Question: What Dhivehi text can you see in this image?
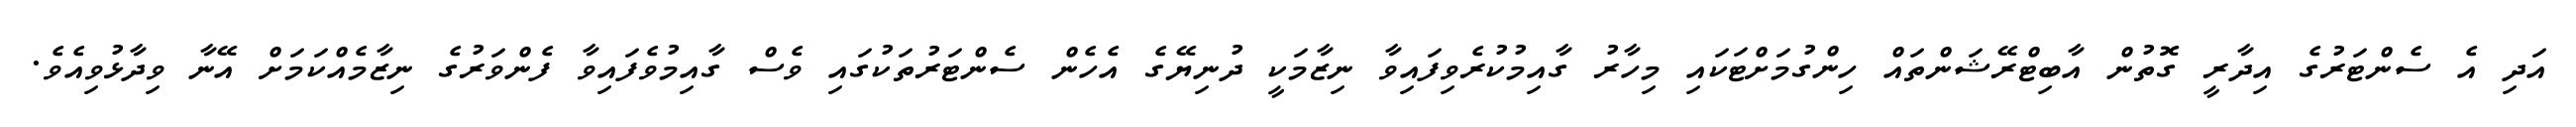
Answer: އަދި އެ ސެންޓަރުގެ އިދާރީ ގޮތުން އާބިޓްރޭޝަންތައް ހިންގުމަށްޓަކައި މިހާރު ގާއިމުކުރެވިފައިވާ ނިޒާމަކީ ދުނިޔޭގެ އެހެން ސެންޓަރުތަކުގައި ވެސް ގާއިމުވެފައިވާ ފެންވަރުގެ ނިޒާމެއްކަމަށް އޭނާ ވިދާޅުވިއެވެ.